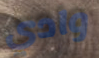
وادي